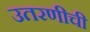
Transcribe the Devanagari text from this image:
उतरणीची